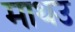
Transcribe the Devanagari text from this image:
माथउ